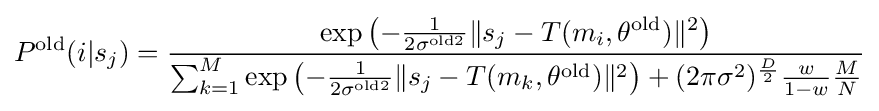
P^{\text{old}}(i|s_{j})={\frac {\exp \left(-{\frac {1}{2\sigma ^{{\text{old}}2}}}\lVert s_{j}-T(m_{i},\theta ^{\text{old}})\rVert ^{2}\right)}{\sum _{k=1}^{M}\exp \left(-{\frac {1}{2\sigma ^{{\text{old}}2}}}\lVert s_{j}-T(m_{k},\theta ^{\text{old}})\rVert ^{2}\right)+(2\pi \sigma ^{2})^{\frac {D}{2}}{\frac {w}{1-w}}{\frac {M}{N}}}}